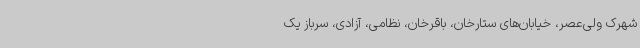
شهرک ولی‌عصر، خیابان‌های ستارخان، باقرخان، نظامی، آزادی، سرباز یک